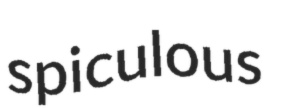
spiculous